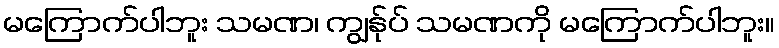
မကြောက်ပါဘူး သမဏ၊ ကျွန်ုပ် သမဏကို မကြောက်ပါဘူး။